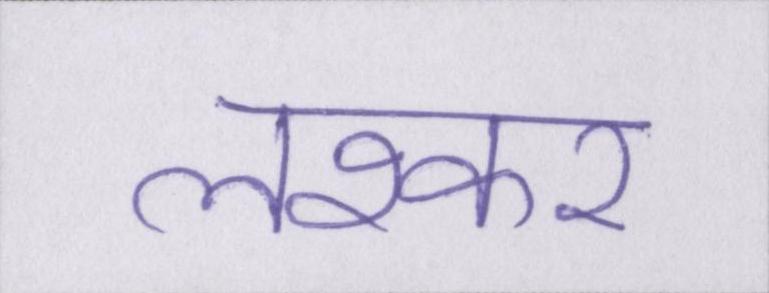
लश्कर